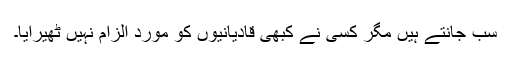
سب جانتے ہیں مگر کسی نے کبھی قادیانیوں کو موردِ الزام نہیں ٹھیرایا۔